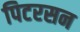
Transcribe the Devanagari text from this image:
पिटरसन